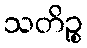
သတိဉ္စ